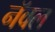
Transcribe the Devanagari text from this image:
नॅवल